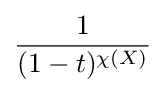
{\frac {1}{(1-t)^{\chi (X)}}}